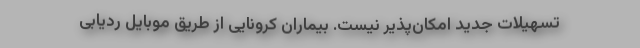
تسهیلات جدید امکان‌پذیر نیست. بیماران کرونایی از طریق موبایل ردیابی